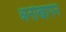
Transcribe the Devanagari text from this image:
अनोखापन